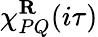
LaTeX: \chi_{PQ}^{\mathbf{R}}(i\tau)